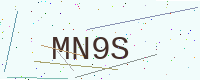
Text: MN9S